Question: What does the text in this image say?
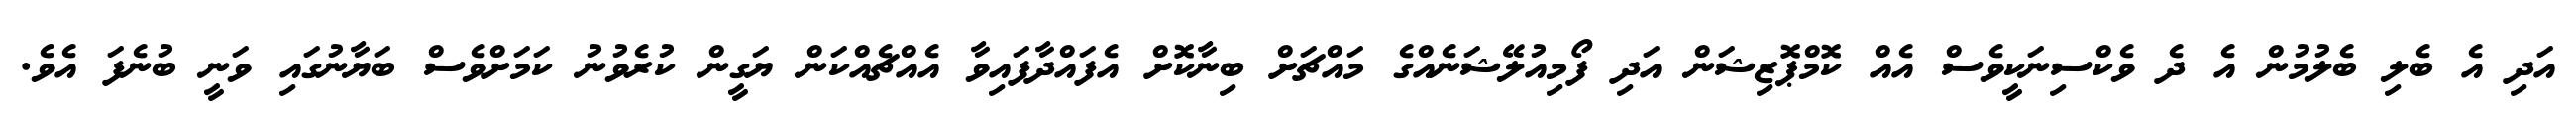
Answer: އަދި އެ ބެލި ބެލުމުން އެ ދެ ވެކްސިނަކީވެސް އެއް ކޮމްޕޮޒިޝަން އަދި ފޯމިއުލޭޝަނެއްގެ މައްޗަށް ބިނާކޮށް އެފައްދާފައިވާ އެއްޗެއްކަން ޔަގީން ކުރެވުނު ކަމަށްވެސް ބަޔާނުގައި ވަނީ ބުނެފަ އެވެ.